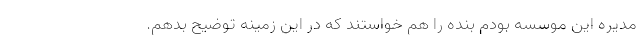
مدیره این موسسه بودم بنده را هم خواستند که در این زمینه توضیح بدهم.